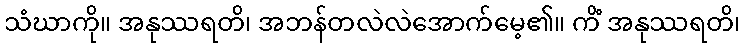
သံဃာကို။ အနုဿရတိ၊ အဘန်တလဲလဲအောက်မေ့၏။ ကိံ အနုဿရတိ၊